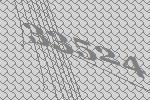
33524